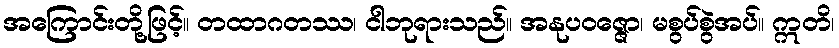
အကြောင်းတို့ဖြင့်။ တထာဂတဿ၊ ငါဘုရားသည်။ အနုပဝဇ္ဇော၊ မစွပ်စွဲအပ်။ ဣတိ၊